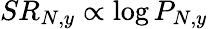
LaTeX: SR_{N,y}\propto\log P_{N,y}